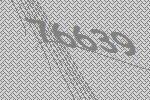
76639